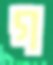
গ